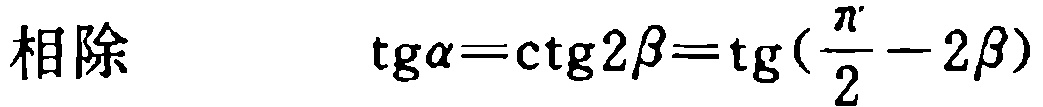
相除 \(\text{tg}\alpha=\text{ctg}2\beta=\text{tg}(\frac{\pi}{2}-2\beta)\)